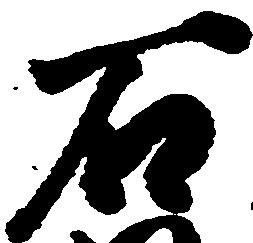
石